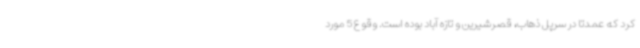
کرد که عمدتا در سرپل ذهاب، قصرشیرین و تازه آباد بوده است. وقوع 5 مورد